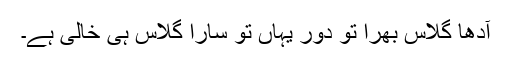
آدھا گلاس بھرا تو دور یہاں تو سارا گلاس ہی خالی ہے۔